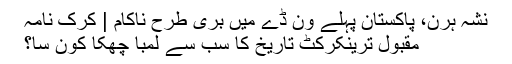
نشہ ہرن، پاکستان پہلے ون ڈے میں بری طرح ناکام | کرک نامہ
مقبول ترینکرکٹ تاریخ کا سب سے لمبا چھکا کون سا؟